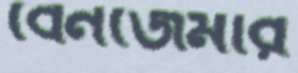
বেনজেমার